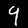
Digit: 9